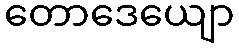
တောဒေယျော